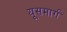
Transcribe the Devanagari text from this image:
यूसमार्ग